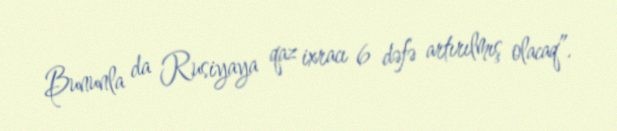
Bununla da Rusiyaya qaz ixracı 6 dəfə artırılmış olacaq”.